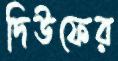
দিউফের